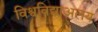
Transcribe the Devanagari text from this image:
विश्वविद्याअलय